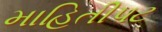
માહિતીપટ